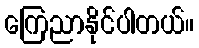
ကြေညာနိုင်ပါတယ်။